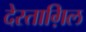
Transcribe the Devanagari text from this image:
देस्ताग़िल